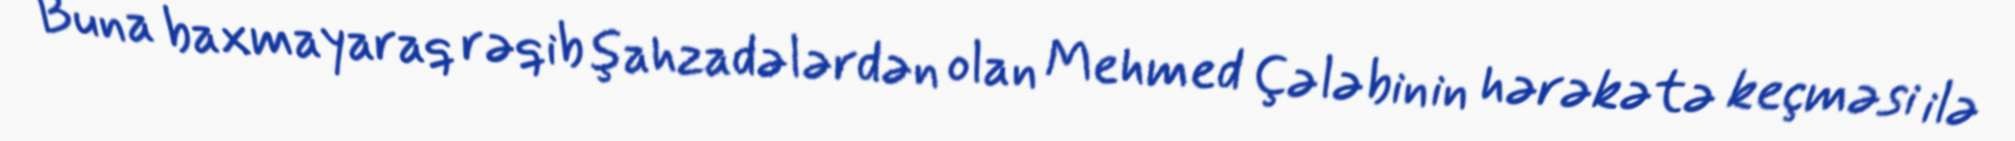
Buna baxmayaraq rəqib şahzadələrdən olan Mehmed Çələbinin hərəkətə keçməsi ilə